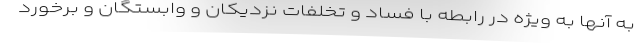
به آنها به ویژه در رابطه با فساد و تخلفاتِ نزدیکان و وابستگان و برخورد